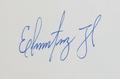
Signature authenticity: genuine